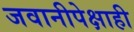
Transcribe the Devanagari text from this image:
जवानीपेक्षाही